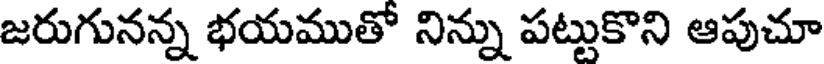
జరుగునన్న భయముతో నిన్ను పట్టుకొని ఆపుచూ